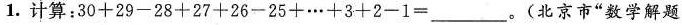
1.计算：$$3 0 + 2 9 - 2 8 + 2 7 + 2 6 - 2 5 + … + 3 + 2 - 1 = ___$$。(北京市”数学解题